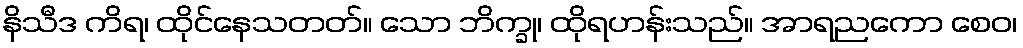
နိသီဒ ကိရ၊ ထိုင်နေသတတ်။ သော ဘိက္ခု၊ ထိုရဟန်းသည်။ အာရညကော စေဝ၊